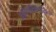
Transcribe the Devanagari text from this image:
अतिपरिवलयिक